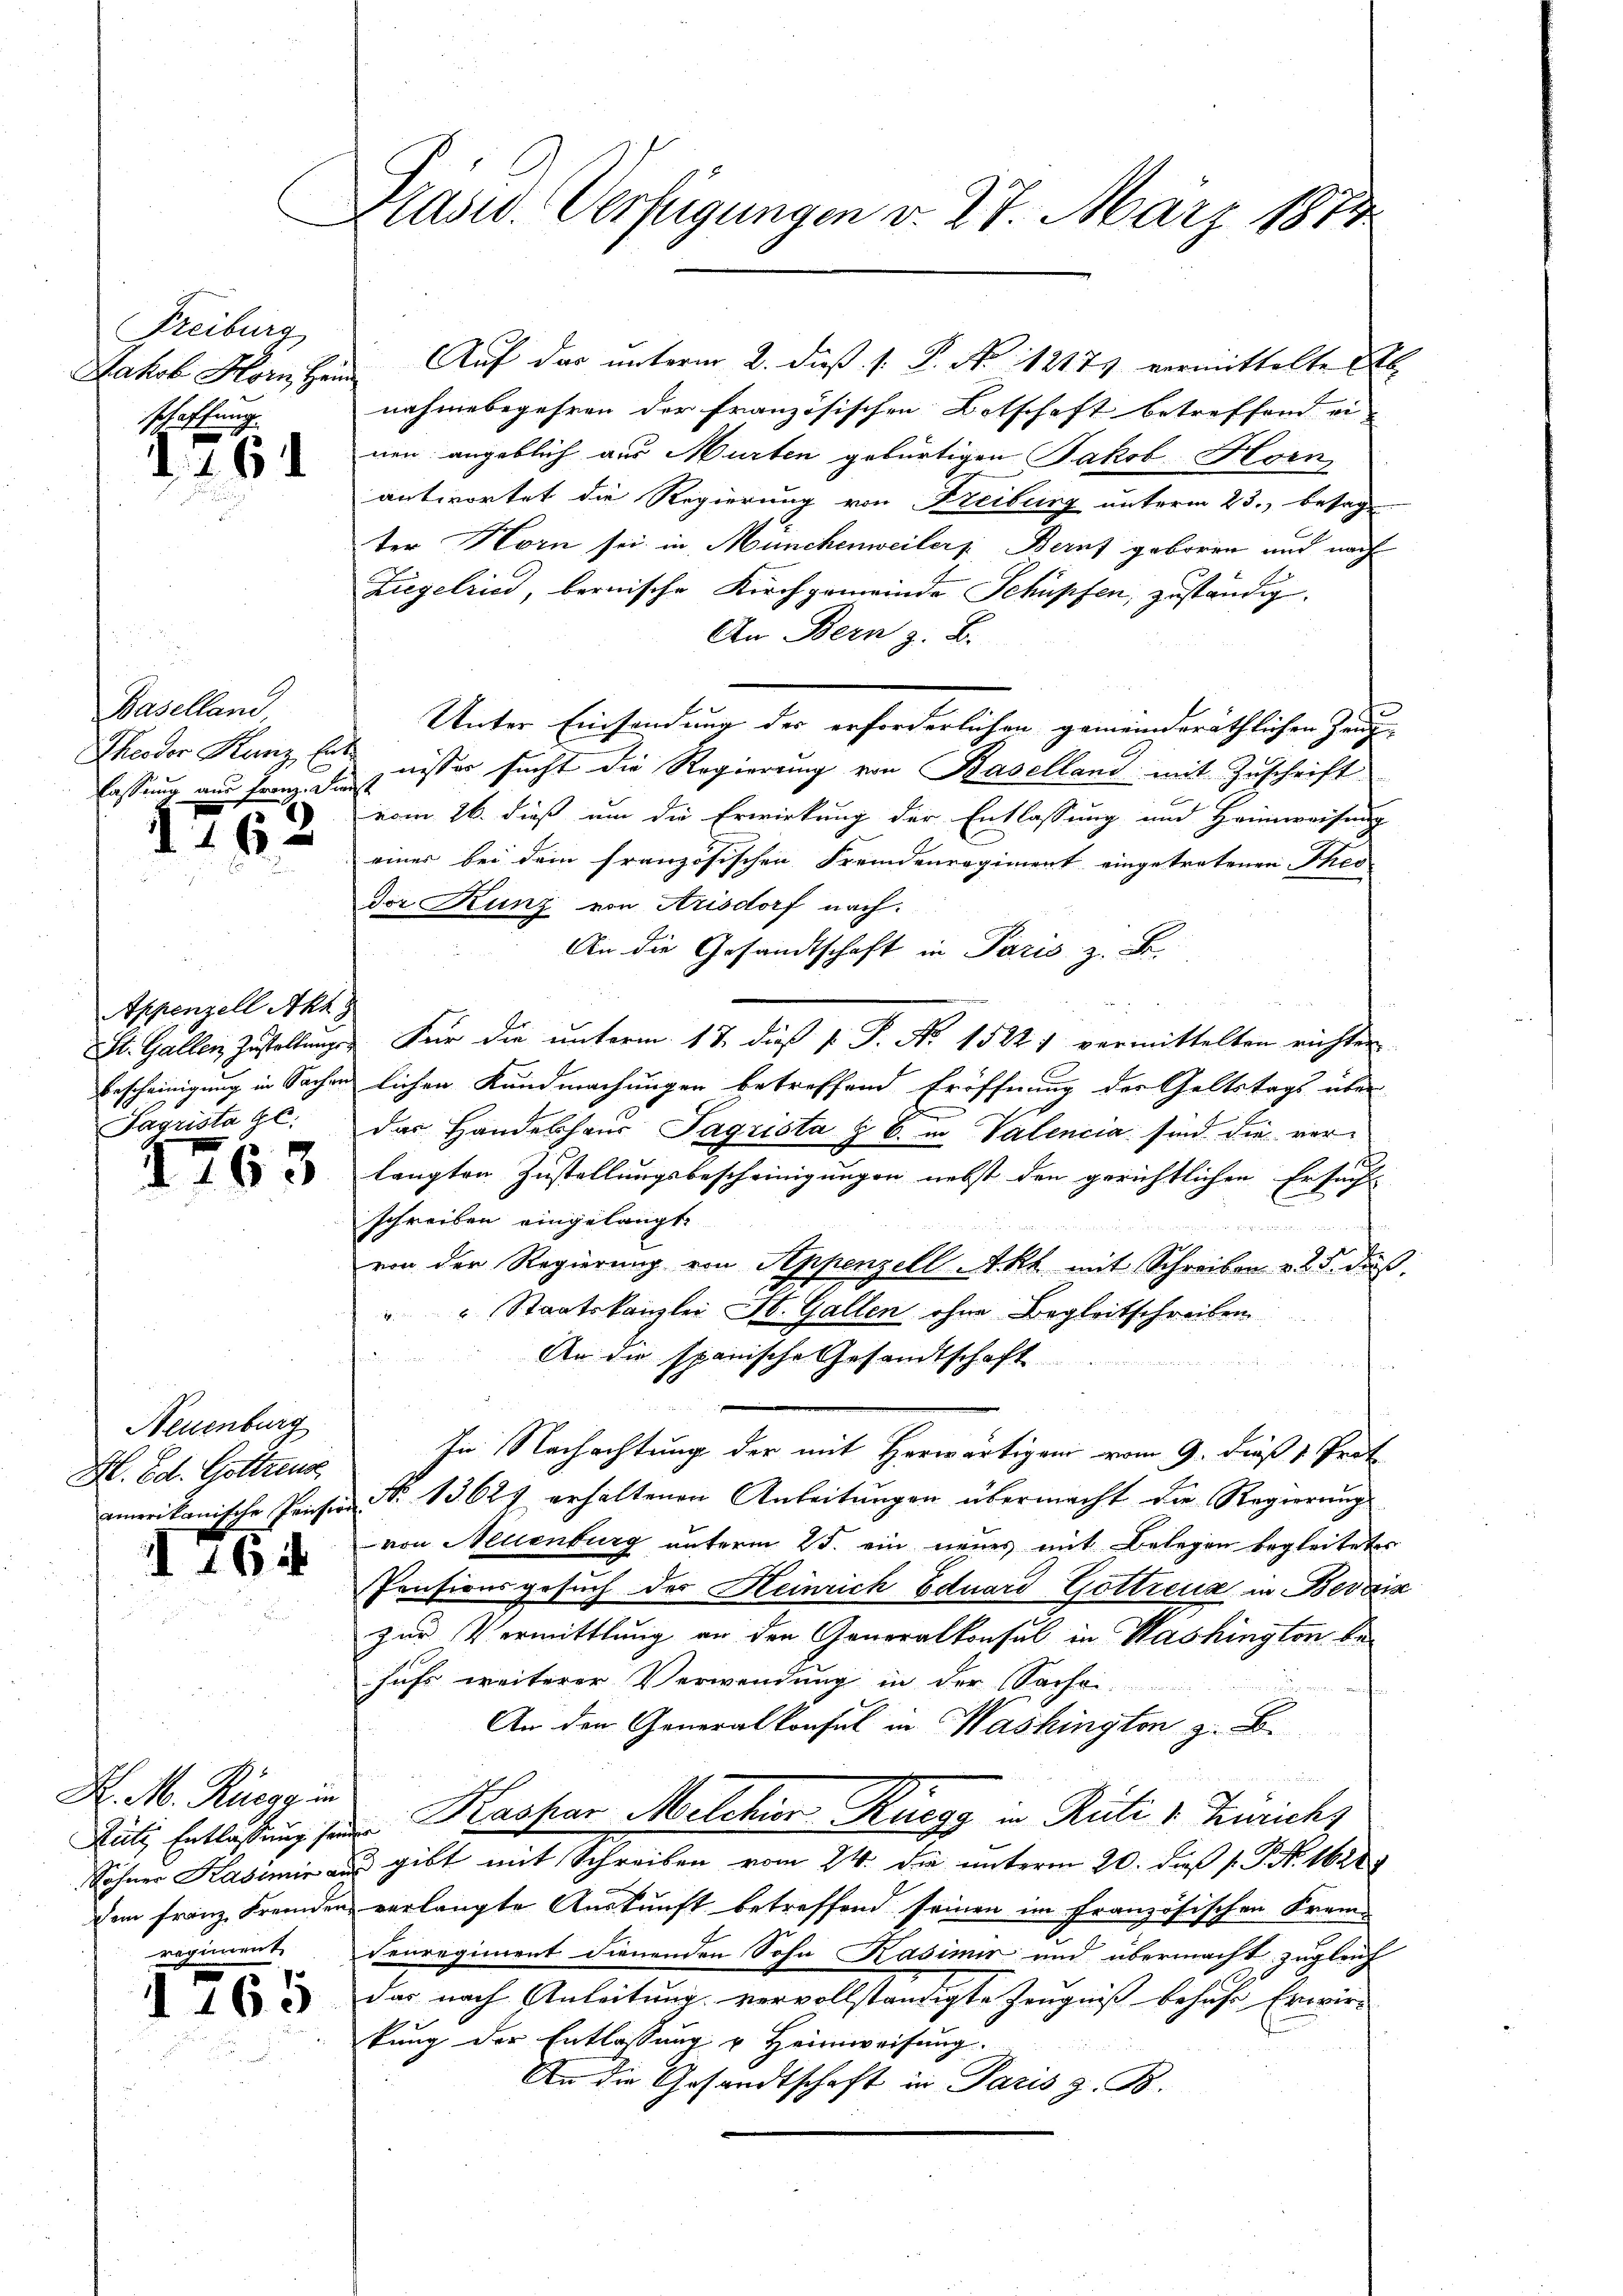
Freiburg
Jakob Horn Hein
schaffung

d. 161

Baselland
Theodor Kunz, Entlassung aus Franz. Fi

1162

Appenzell Aka
St. Gallen Zustellungs¬
Bescheinigung in Sachen
Sagrista gl.

2763

Neuenburg
Bl. Ed. Gottens

16 x

H. M. Rüegg in
Rüti Entlassung seine
Söhner Kasimir aus
dein Franz fremden
regiment,

765

Präsid. Verfügungen v. 27. März 1871

Ziegelried, bernische Kirchgemeinde Schüpfen, zuständig.
An Bern z. B.
nisser sucht die Regierung von Baselland mit Zuschrift
vom 26. dieß um die Erwirkung der Entlassung und Heimweisung
einer bei dem französischen Fremdenregiment eingetretenen Theo
dor Kunz von Arisdorf nach.
An die Gesandtschaft in Paris z. B.
Für die unterm 17. dieß P. P. Nr. 15221 vermittelten richten
lichen Kundmachungen betreffend Eröffnung der Geltstags über
das Handelshaus Tagrista z. B. in Valencia sind die vorlangten Zustellungsbescheinigungen nebst den gerichtlichen Ersuch
schreiben eingelangt,
n
von der Regierung von Appenzell I.Rh. mit Schreiben v. 25. daß
" Staatskanzlei St. Gallen ohne Begleitschreiben
An die spanische Gesandtschaft
¬
In Nachachtung der mit Herwärtigen vom 9. dieß 1. Prof.
amerikanische Pension No 13627 erhaltenen Anleitŭngen übermacht die Regierŭng
von Neuenburg unterm 25. ein neues mit Belegen begleitetes
Pensionsgesuch der Heinrich Eduard Gottreue in Berain
zur Vermittlung an den Generalkonsul in Washington behufs weiterer Verwendung in der Sachei
An den Generalkonsul in Washington z. B.
 Kaspar Milchior Ruegg in Rüti v. Züricht
3 gibt mit Schreiben vom 24. die unterm 20. daß 1. P. Nr. 16288
verlangte Auskunft betreffend seinen im französischen Frem¬
Fenregiment dienenden Sohn Kasimir und übermacht zugleich
das nach Anleitung vervollständigte Zeugniß behufe Erwir-
kung der Entlassung u Heimweisung.
An die Gesandtschaft in Paris z. B.

Auf der unterm 2. dieß. 1. P. No 12171 vermittelte Ab
nahmebegehren der französischen Botschaft betreffend einen angeblich aus Murten gebürtigen Jakob Horn
antwortet die Regierung von Freiburg unterm 23., besagt
ter Horn sei in Münchenweilers Bernt geboren und nach

Unter Einsendung der erforderlichen gemeinderäthlichen Zeug